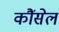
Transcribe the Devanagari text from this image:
कौंसेल